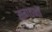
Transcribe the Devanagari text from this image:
संगठनॉ